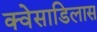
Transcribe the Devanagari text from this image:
क्वेसाडिलास